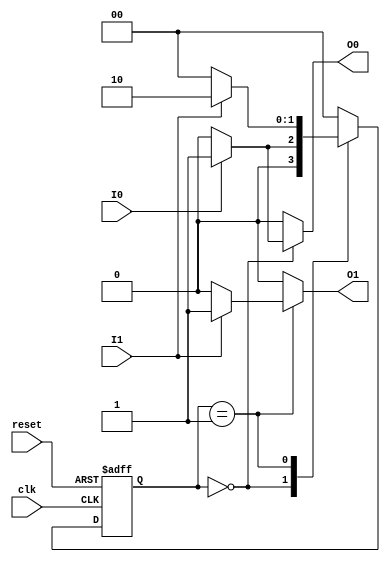
module MealyStateMachine(
    input wire clk,
    input wire reset,
    input wire I0,
    input wire I1,
    output reg O0,
    output reg O1
);

// State encoding
localparam [1:0] S0 = 2'b00,
                 S1 = 2'b01,
                 S2 = 2'b10;

// State variables
reg [1:0] current_state, next_state;

// Current State Register (D Flip-Flop)
always @(posedge clk or posedge reset) begin
    if (reset) begin
        current_state <= S0; // Reset to initial state S0
    end else begin
        current_state <= next_state;
    end
end

// Next State Logic
always @* begin
    case (current_state)
        S0: begin
            if (I0) begin
                next_state = S1;
                O0 = 1'b1; // Example output
                O1 = 1'b0; // Example output
            end else begin
                next_state = S0;
                O0 = 1'b0; // Reset output
                O1 = 1'b0; // Reset output
            end
        end

        S1: begin
            if (I1) begin
                next_state = S2;
                O0 = 1'b0; // Example output
                O1 = 1'b1; // Example output
            end else begin
                next_state = S0;
                O0 = 1'b0; // Reset output
                O1 = 1'b0; // Reset output
            end
        end

        S2: begin
            next_state = S0; // Transition back to S0
            O0 = 1'b0; // Reset output
            O1 = 1'b0; // Reset output
        end

        default: begin
            next_state = S0; // Default state
            O0 = 1'b0; // Reset output
            O1 = 1'b0; // Reset output
        end
    endcase
end

endmodule